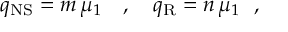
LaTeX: q _ { \mathrm { N S } } = m \, \mu _ { 1 } ~ ~ ~ , ~ ~ ~ q _ { \mathrm { R } } = n \, \mu _ { 1 } ~ ~ ,